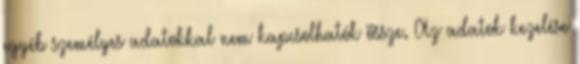
egyéb személyes adatokkal nem kapcsolhatók össze. Az adatok kezelése